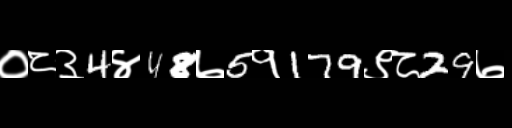
Text: ०८३4४48७5१179९८29७